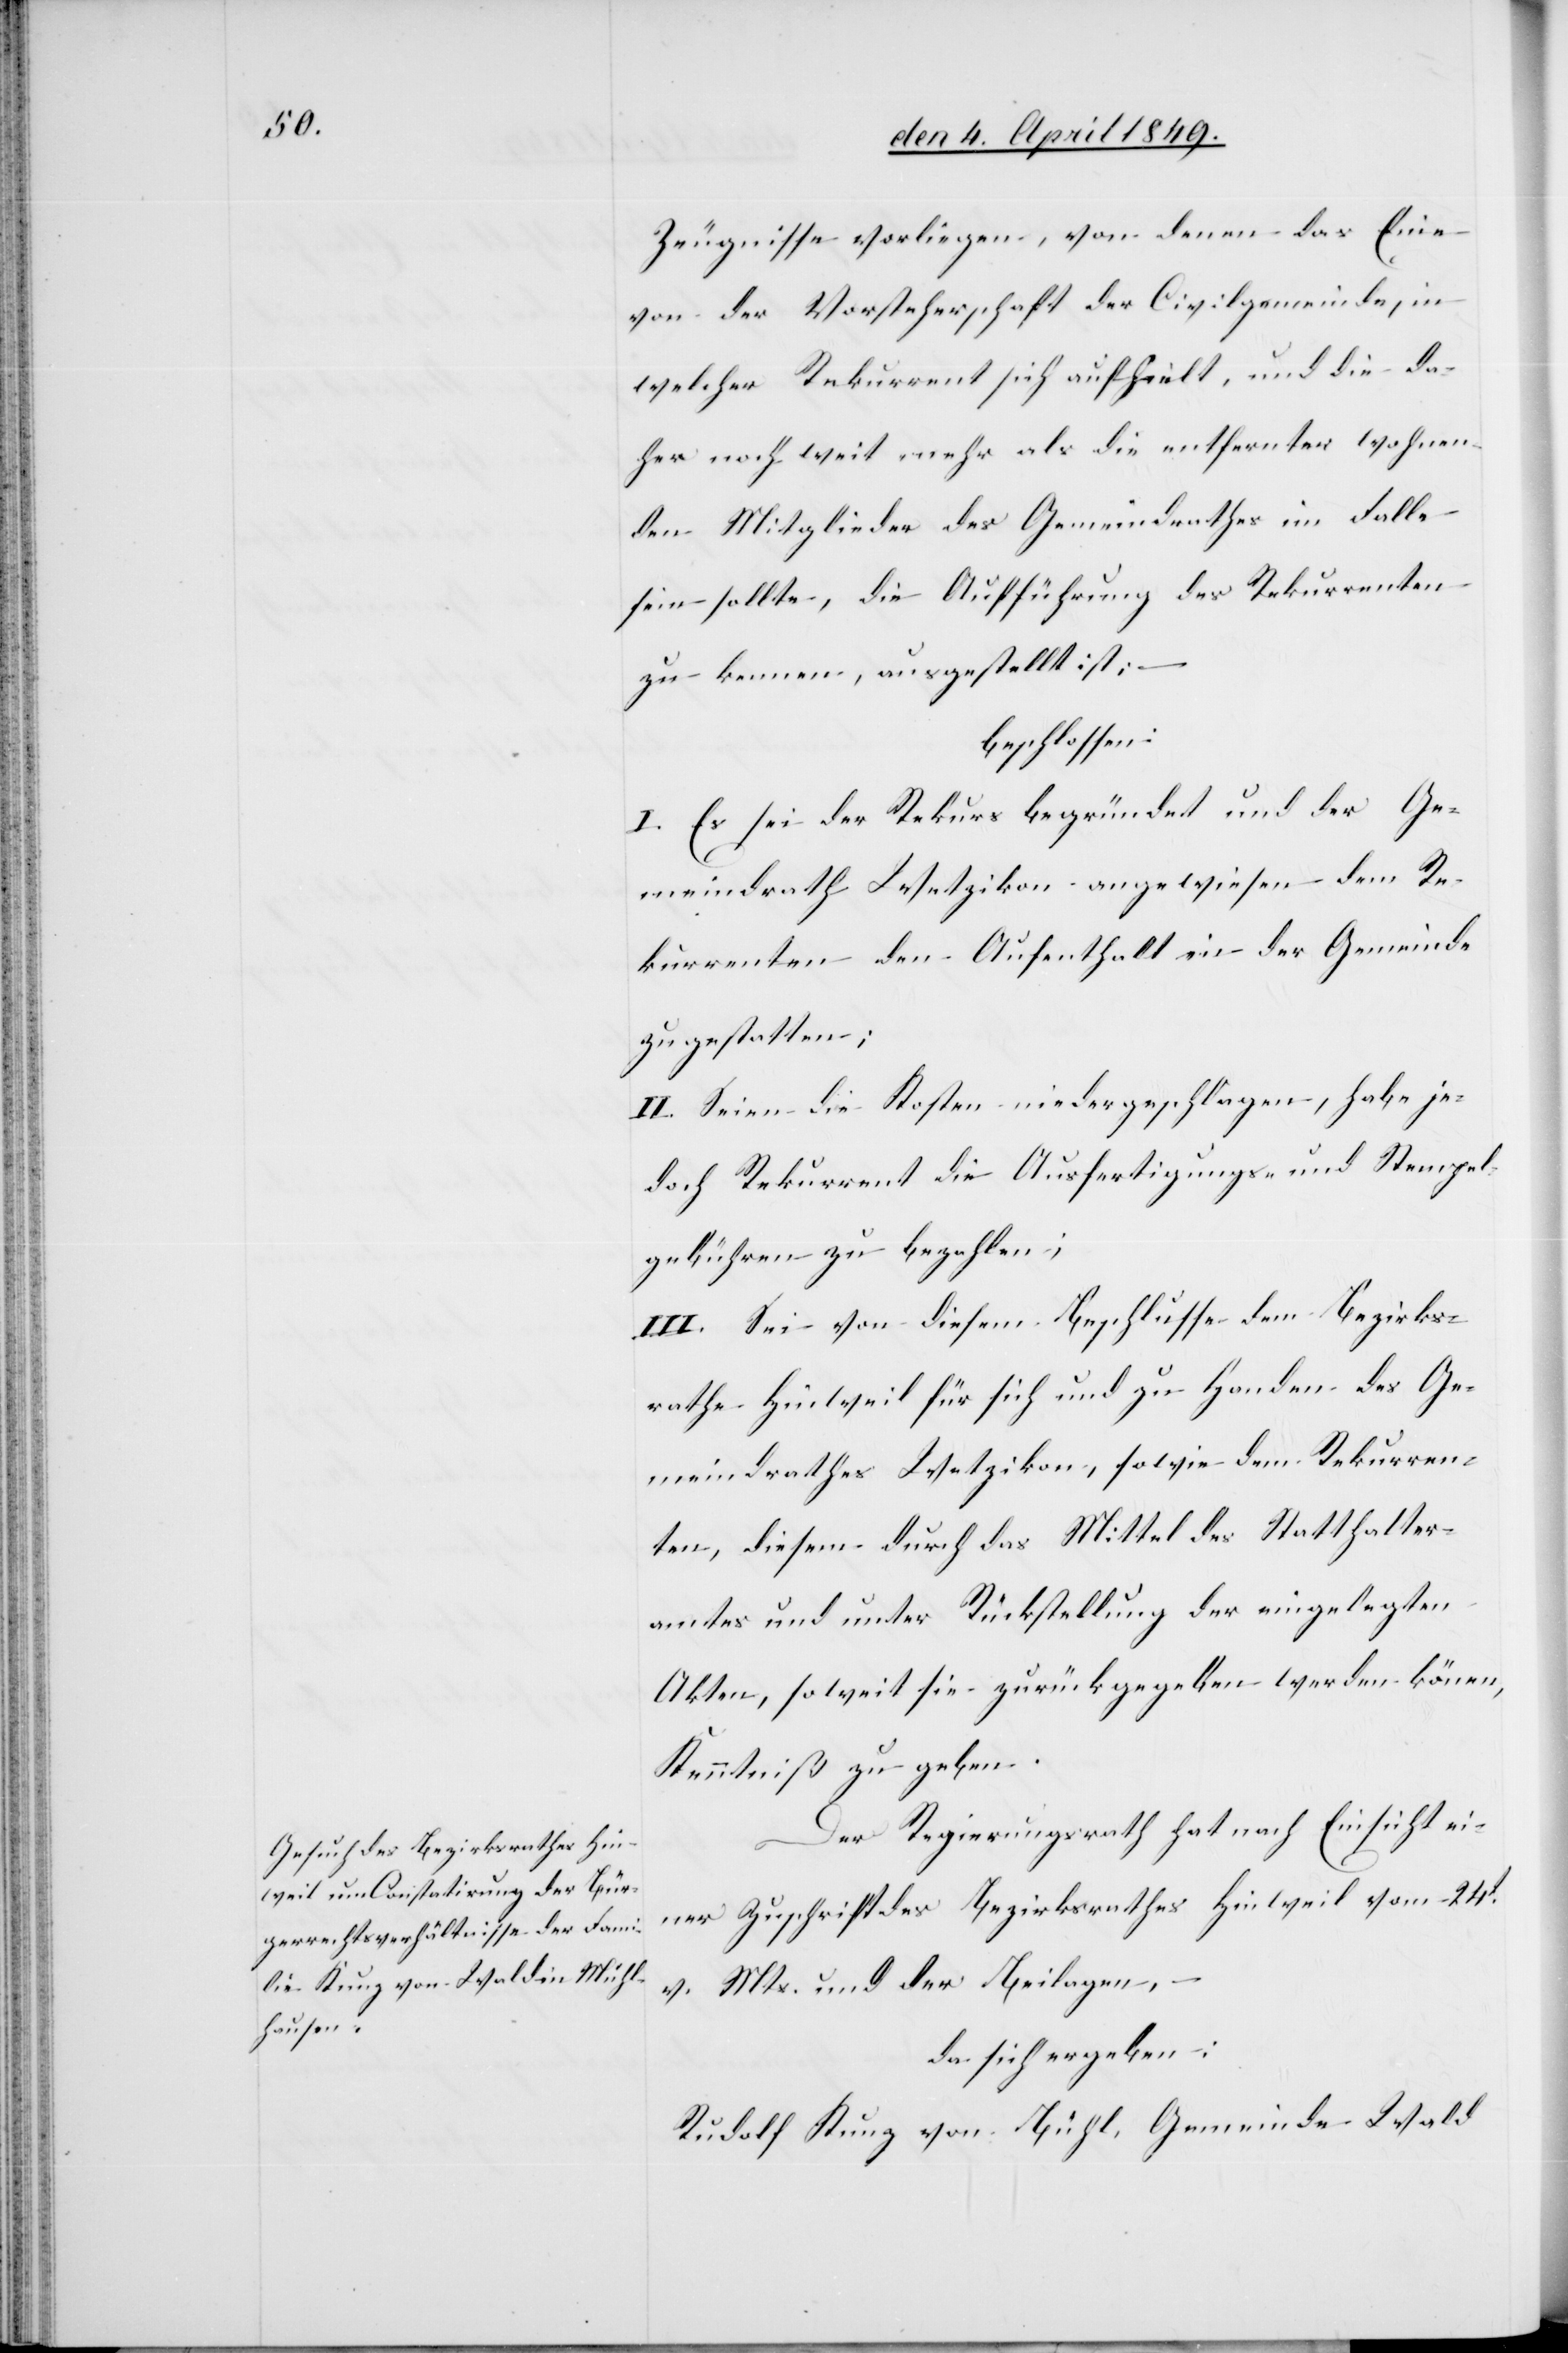
Zeugnisse vorliegen, von denen das Eine
von der Vorsteherschaft der Civilgemeinde, in
welcher Rekurrent sich aufhielt, und die da¬
her noch weit mehr als die entfernter wohnen¬
den Mitglieder des Gemeindrathes im Falle
sein sollte, die Aufführung des Rekurrenten
zu kennen, ausgestellt ist;
beschlossen:
I. Es sei der Rekurs begründet und der Ge¬
meindrath Wetzikon angewiesen dem Re¬
kurrenten den Aufenthalt in der Gemeinde
zu gestatten;
II. Seien die Kosten niedergeschlagen, habe je¬
doch Rekurrent die Ausfertigungs- und Stempel¬
gebühren zu bezahlen;
III. Sei von diesem Beschlusse dem Bezirks¬
rathe Hinweil für sich und zu Handen des Ge¬
meindrathes Wetzikon, sowie dem Rekurren¬
ten, diesem durch das Mittel des Statthalter¬
amtes und unter Rückstellung der eingelegten
Akten, soweit sie zurückgegeben werden können,
Kenntniß zu geben.
Der Regierungsrath hat nach Einsicht ei¬
ner Zuschrift des Bezirksrathes Hinweil vom 24t
v. Mts. und der Beilagen,
da sich ergeben:
Rudolf Kunz von Bühl, Gemeinde Wald